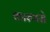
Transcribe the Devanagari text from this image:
कारणसे